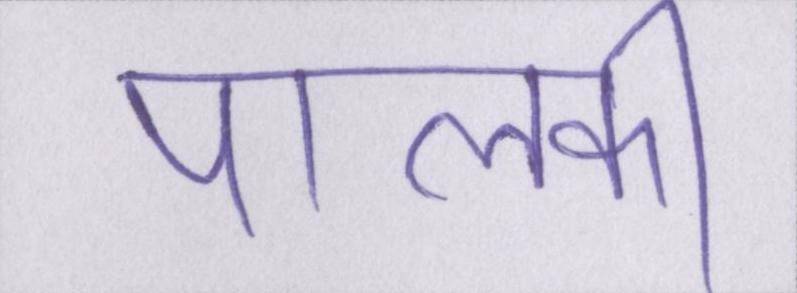
पालकी